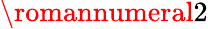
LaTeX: \romannumeral 2